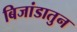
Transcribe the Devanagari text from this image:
बिजांडातुन